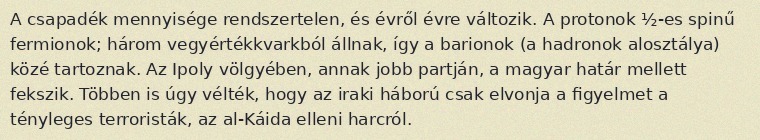
A csapadék mennyisége rendszertelen, és évről évre változik. A protonok ½-es spinű fermionok; három vegyértékkvarkból állnak, így a barionok (a hadronok alosztálya) közé tartoznak. Az Ipoly völgyében, annak jobb partján, a magyar határ mellett fekszik. Többen is úgy vélték, hogy az iraki háború csak elvonja a figyelmet a tényleges terroristák, az al-Káida elleni harcról.